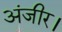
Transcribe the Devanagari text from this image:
अंजीर।